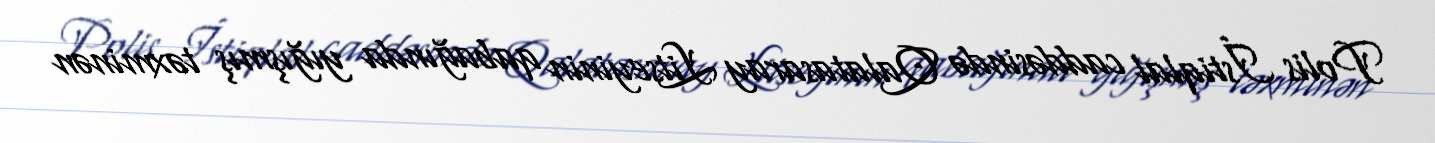
Polis İstiqlal caddəsində Qalatasaray Litseyinin qabağında yığışmış təxminən